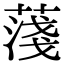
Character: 䔐